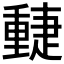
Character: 𨤴